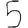
Digit: 5